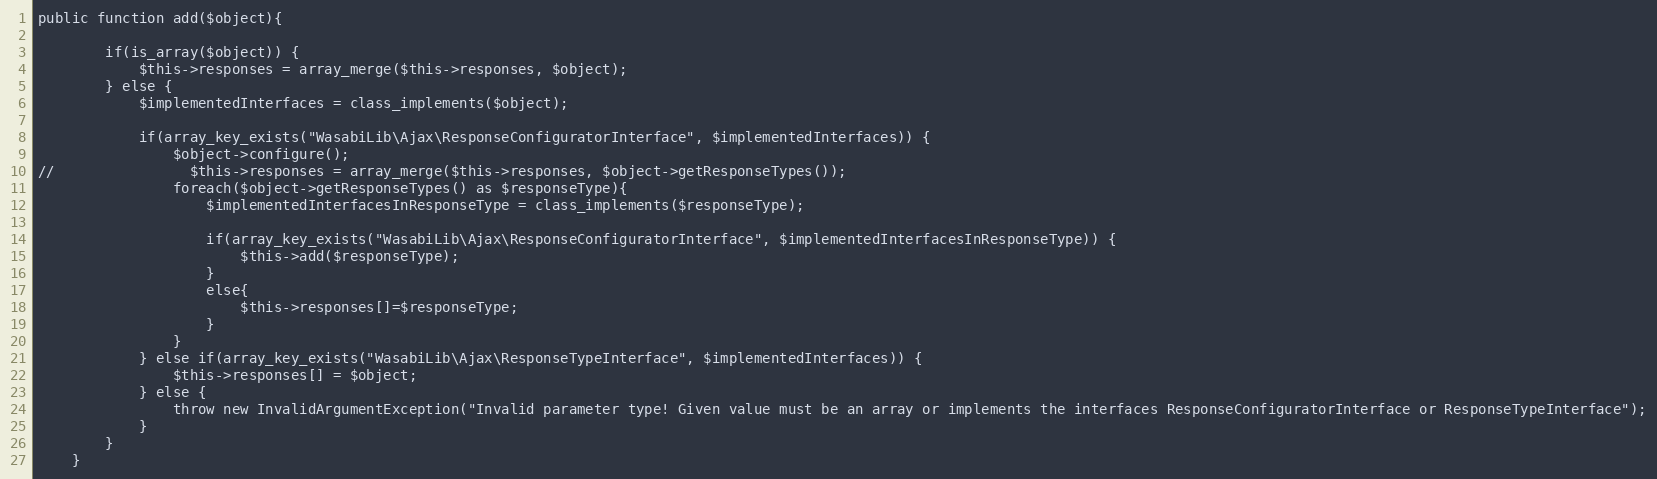
Language: PHP
public function add($object){

        if(is_array($object)) {
            $this->responses = array_merge($this->responses, $object);
        } else {
            $implementedInterfaces = class_implements($object);

            if(array_key_exists("WasabiLib\Ajax\ResponseConfiguratorInterface", $implementedInterfaces)) {
                $object->configure();
//                $this->responses = array_merge($this->responses, $object->getResponseTypes());
                foreach($object->getResponseTypes() as $responseType){
                    $implementedInterfacesInResponseType = class_implements($responseType);

                    if(array_key_exists("WasabiLib\Ajax\ResponseConfiguratorInterface", $implementedInterfacesInResponseType)) {
                        $this->add($responseType);
                    }
                    else{
                        $this->responses[]=$responseType;
                    }
                }
            } else if(array_key_exists("WasabiLib\Ajax\ResponseTypeInterface", $implementedInterfaces)) {
                $this->responses[] = $object;
            } else {
                throw new InvalidArgumentException("Invalid parameter type! Given value must be an array or implements the interfaces ResponseConfiguratorInterface or ResponseTypeInterface");
            }
        }
    }